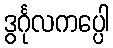
ဒွင်္ဂုလကပ္ပေါ